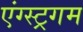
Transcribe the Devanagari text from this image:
एंग्स्ट्रगम